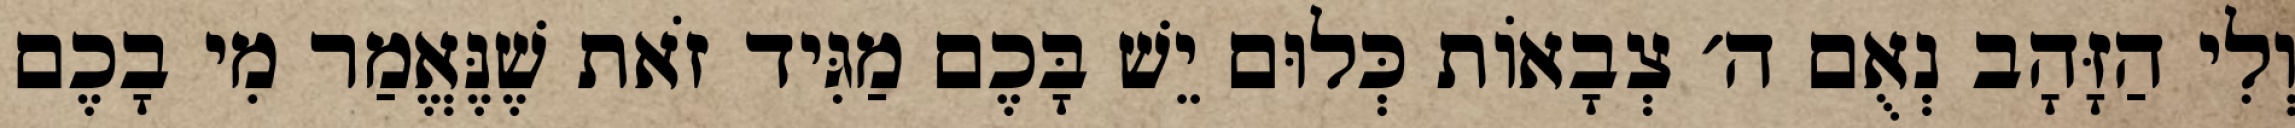
וְלִי הַזָּהָב נְאֻם ה׳ צְבָאוֹת כְּלוּם יֵשׁ בָּכֶם מַגִּיד זֹאת שֶׁנֶּאֱמַר מִי בָכֶם